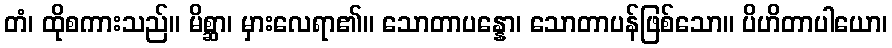
တံ၊ ထိုစကားသည်။ မိစ္ဆာ၊ မှားလေရာ၏။ သောတာပန္နော၊ သောတာပန်ဖြစ်သော။ ပိဟိတာပါယော၊